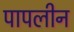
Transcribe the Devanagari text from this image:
पापलीन